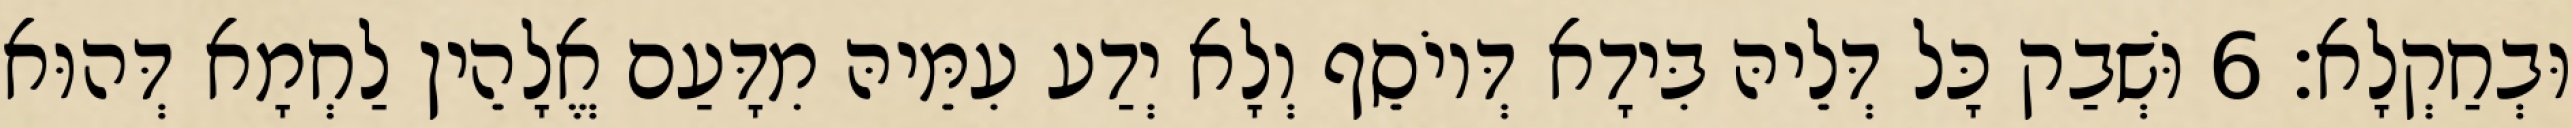
וּבְחַקְלָא׃ 6 וּשְׁבַק כָּל דְּלֵיהּ בִּידָא דְּיוֹסֵף וְלָא יְדַע עִמֵּיהּ מִדָּעַם אֱלָהֵין לַחְמָא דְּהוּא